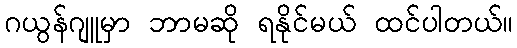
ဂယွန်ဂျူမှာ ဘာမဆို ရနိုင်မယ် ထင်ပါတယ်။